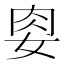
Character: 𭑶